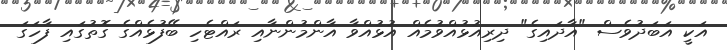
އަކީ އަބަދުވެސް "އާދައިގެ" ދިރިއުޅުއްވުމެއް އުޅުއްވާ އާންމުންނާއި ރައްޓެހި ބޭފުޅެއްގެ ގޮތުގައި ފާހަގަ